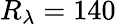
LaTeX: {R_{\lambda}}=140